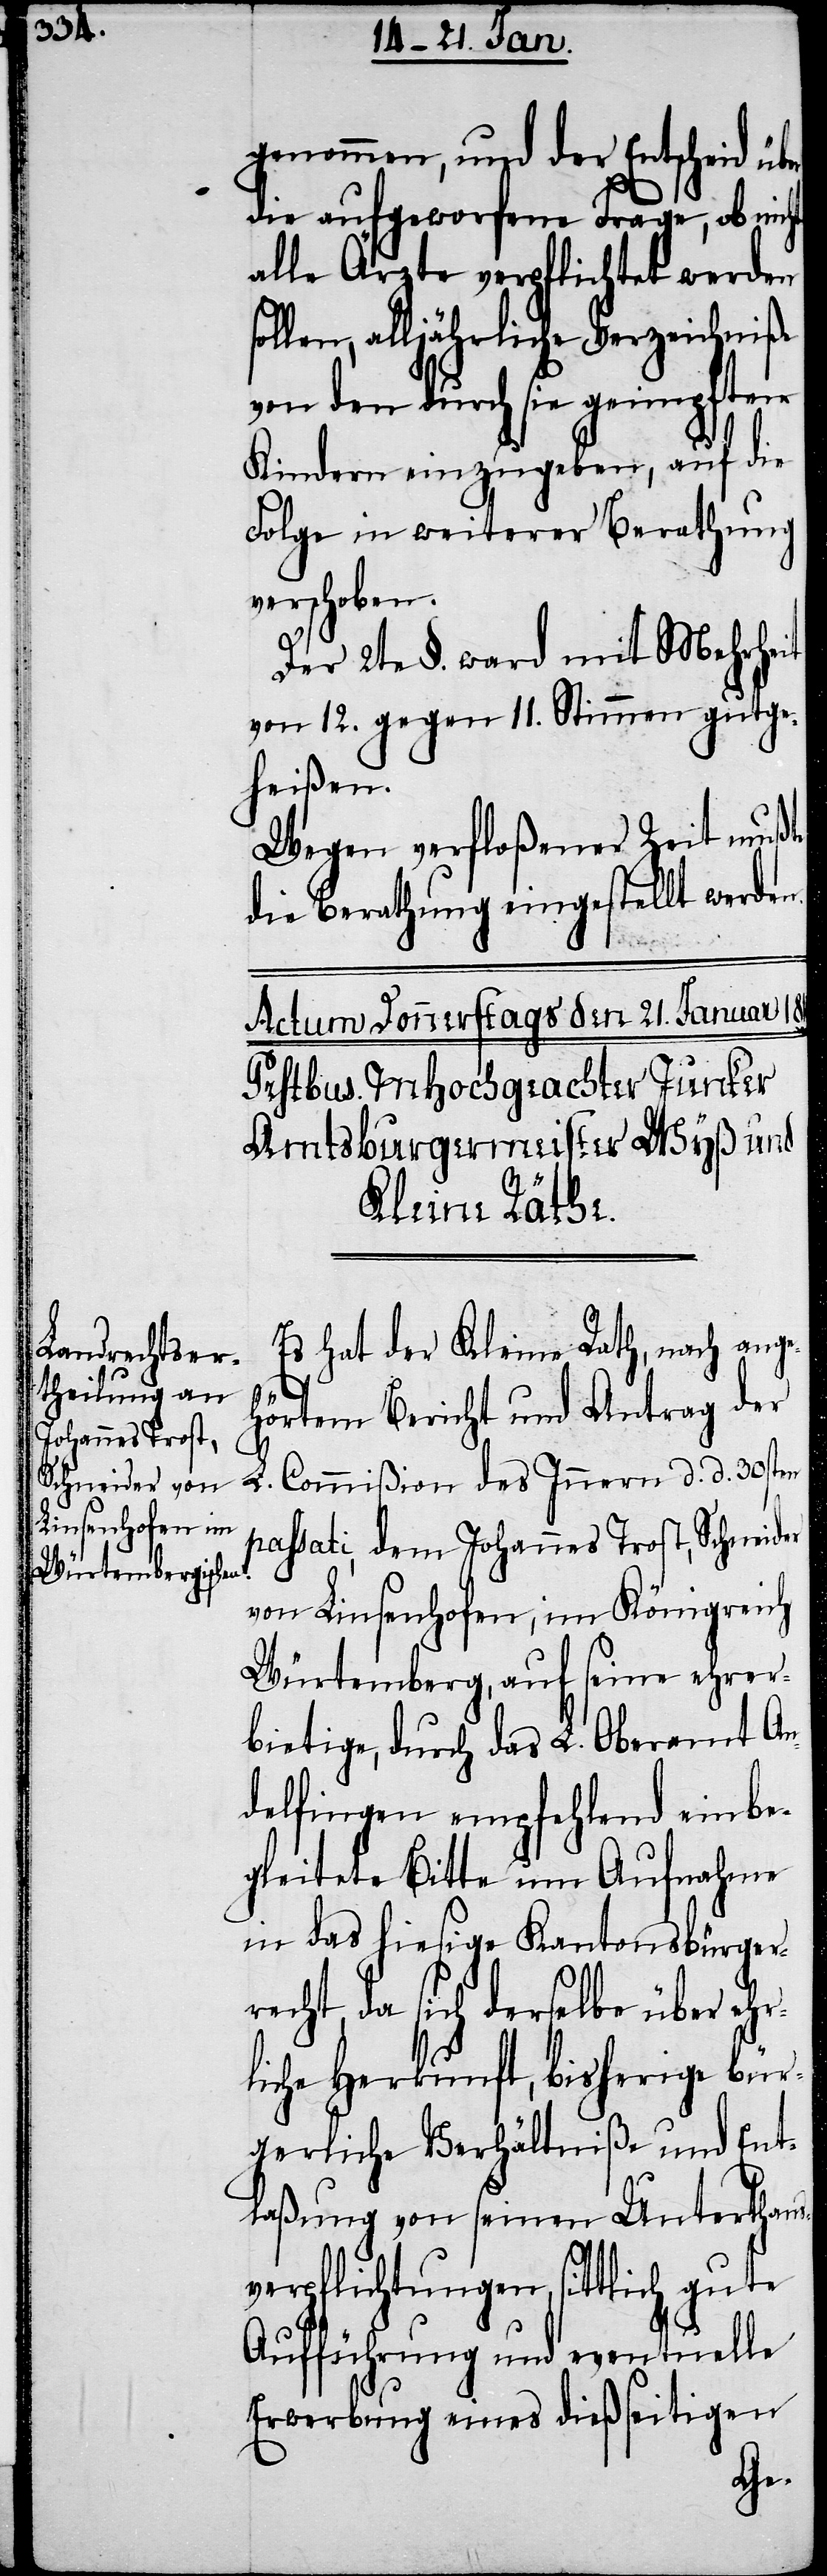
genommen, und der Entscheid
die aufgeworfene Frage, ob nicht
alle Ärzte verpflichtet werden
llen, alljährliche Verzeichniße
von den durch sie geimpften
Kindern einzugeben, auf die
Folge in weiterer Berathung
verschoben.
Der 2te §. ward mit Mehrheit
von 12. gegen 11. Stimmen gutge¬
heißen.
Wegen verfloßener Zeit mußte
die Berathung eingestellt werden.
Es hat der Kleine Rath, nach ange¬
hörtem Bericht und Antrag der
L. Commißion des Innern d. d. 30sten
passati, dem Johannes Trost, Schneider
von Linsenhofen im Königreich
Würtemberg, auf seine ehrer¬
bietige, durch das L. Oberamt An¬
delfingen empfehlend einbe¬
gleitete Bitte um Aufnahme
in das hiesige Kantonsbürger¬
recht, da sich derselbe über ehr¬
liche Herkunft, bisherige bür¬
gerliche Verhältniße und Ent¬
laßung von seinen Unterthans¬
verpflichtungen, sittlich gute
Aufführung und eventuelle
Erwerbung eines dießseitigen
so¬